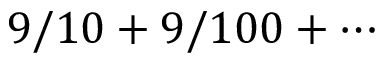
9 / 1 0 + 9 / 1 0 0 + \cdots